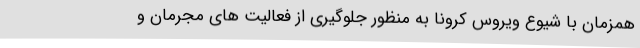
همزمان با شیوع ویروس کرونا به منظور جلوگیری از فعالیت های مجرمان و